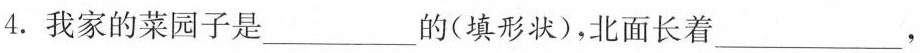
4.我家的菜园子是___的(填形状)，北面长着___，